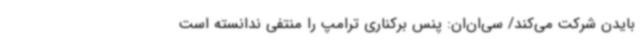
بایدن شرکت می‌کند/ سی‌ان‌ان: پنس برکناری ترامپ را منتفی ندانسته است